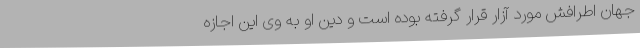
جهان اطرافش مورد آزار قرار گرفته بوده است و دین او به وی این اجازه